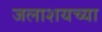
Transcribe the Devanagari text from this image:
जलाशयच्या